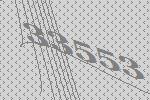
33553